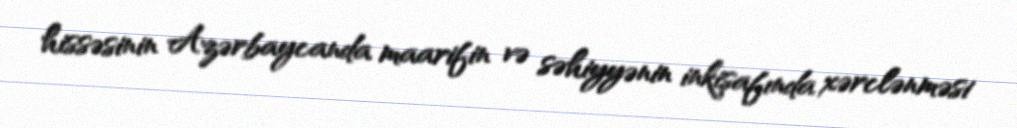
hissəsinin Azərbaycanda maarifin və səhiyyənin inkişafında xərclənməsi